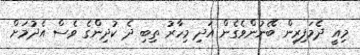
މިއީ ދެމަފިރިން ބޭނުންވެގެން އަދި މިހާރު ތިބި ދެ ކުދިންގެ ވެސް އެދުމަށް